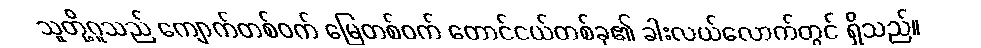
သူတို့ဂူသည် ကျောက်တစ်ဝက် မြေတစ်ဝက် တောင်ငယ်တစ်ခု၏ ခါးလယ်လောက်တွင် ရှိသည်။